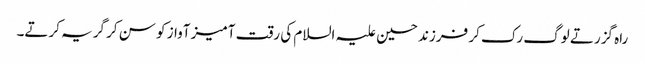
راہ گزرتے لوگ رک کر فرزند حسین علیہ السلام کی رقت آمیز آواز کو سن کر گریہ کرتے۔